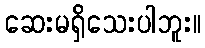
ဆေးမရှိသေးပါဘူး။